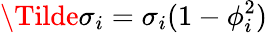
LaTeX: \Tilde{\sigma}_{i}=\sigma_{i}(1-\phi_{i}^{2})